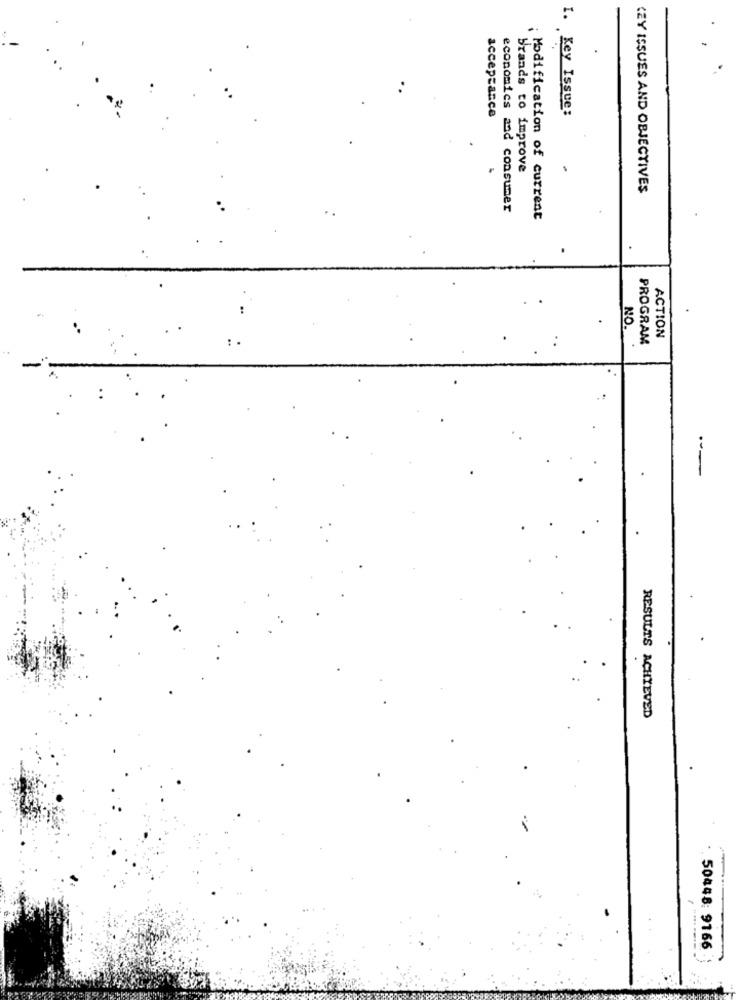
acceptance
1. Key Issue:
brands to improve
CZY ISSUES AND OBJECTIVES
economics and consumer
Modification of current
NO.
PROGRAM
ACTION
---
RESULTS ACHIEVED
50448: 9166